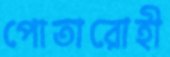
পোতারোহী